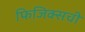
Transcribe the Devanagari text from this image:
फिजिक्सची